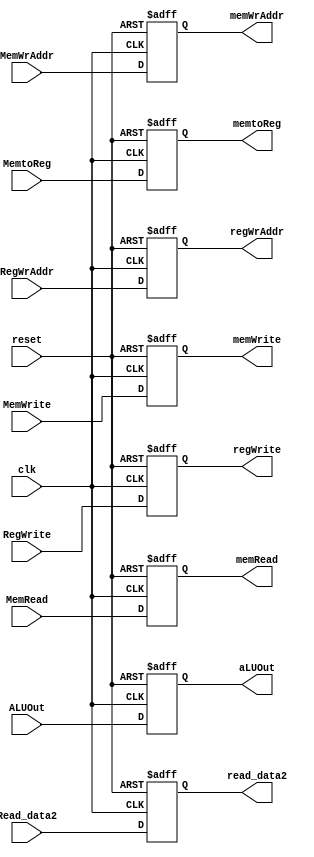
`timescale 1ns/1ps 
module EX_MEM(
    input reset, 
    input clk, 
    input [31:0] ALUOut, 
    input [31:0] Read_data2,
    input [4:0] MemWrAddr, 
    input [4:0] RegWrAddr, 
    input RegWrite, 
	input MemRead, 
    input MemWrite, 
    input MemtoReg,
    

    output reg [31:0] aLUOut,
    output reg [31:0] read_data2,
    output reg [4:0] memWrAddr,//??
    output reg [4:0] regWrAddr,
    output reg regWrite,
    output reg memRead,
    output reg memWrite,
    output reg memtoReg
    );

    always @(posedge reset or posedge clk)
    begin
        if(reset)
        begin
            aLUOut <= 0;
            read_data2 <= 0;
            memWrAddr <= 0;
            regWrAddr <= 0;
            regWrite <= 0;
            memRead <= 0;
            memWrite <= 0;
            memtoReg <= 0;
        end
        else begin
            aLUOut <= ALUOut;
            read_data2 <= Read_data2;
            memWrAddr <= MemWrAddr;
            regWrAddr <= RegWrAddr;
            regWrite <= RegWrite;
            memRead <= MemRead;
            memWrite <= MemWrite;
            memtoReg <= MemtoReg;
        end
    end
endmodule